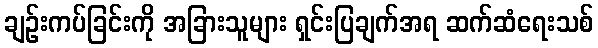
ချဉ်းကပ်ခြင်းကို အခြားသူများ ရှင်းပြချက်အရ ဆက်ဆံရေးသစ်